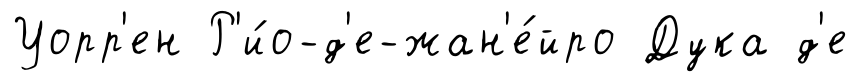
Уорр'ен Р'и́о-д'е-жан'е́йро Дука д'е